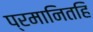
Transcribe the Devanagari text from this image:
प्रमानितहि